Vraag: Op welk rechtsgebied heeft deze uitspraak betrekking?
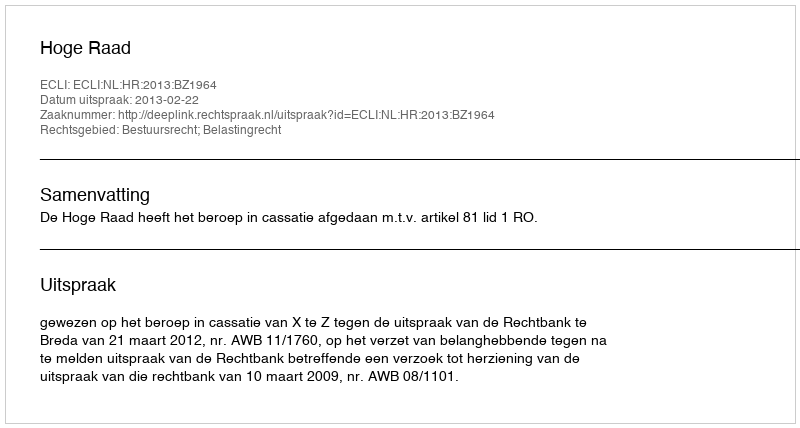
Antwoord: Bestuursrecht; Belastingrecht